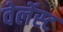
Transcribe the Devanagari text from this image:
वेर्लेस्ट